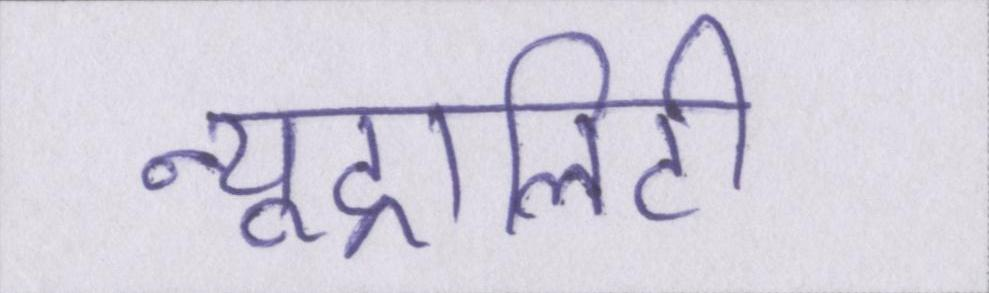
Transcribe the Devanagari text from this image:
न्यूट्रालिटी